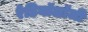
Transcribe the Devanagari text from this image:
रेडियॉलॉजी